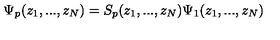
\Psi _ { p } ( z _ { 1 } , . . . , z _ { N } ) = S _ { p } ( z _ { 1 } , . . . , z _ { N } ) \Psi _ { 1 } ( z _ { 1 } , . . . , z _ { N } )